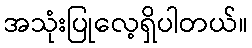
အသုံးပြုလေ့ရှိပါတယ်။